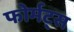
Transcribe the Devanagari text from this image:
फोर्मट्स